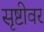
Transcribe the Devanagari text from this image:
सृष्टीवर